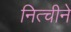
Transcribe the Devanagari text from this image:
नित्चीने